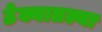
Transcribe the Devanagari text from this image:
ठेक्यातल्या